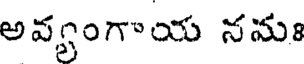
అవ్యంగాయ నమః